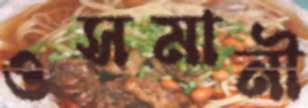
ওসমানী